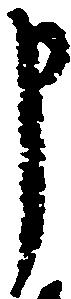
申